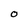
Character: O